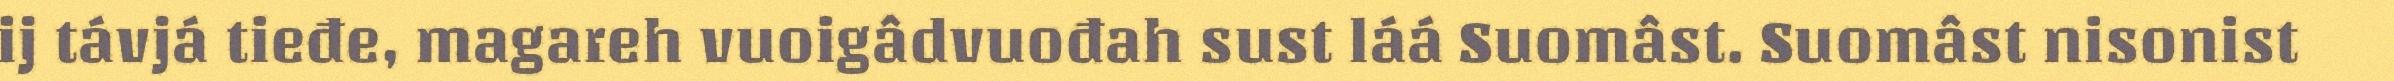
ij távjá tieđe, magareh vuoigâdvuođah sust láá Suomâst. Suomâst nisonist